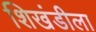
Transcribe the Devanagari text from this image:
शिखंडीला